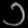
Digit: ၁